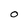
Character: O